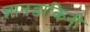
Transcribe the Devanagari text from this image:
ज्ञानडाकिनी